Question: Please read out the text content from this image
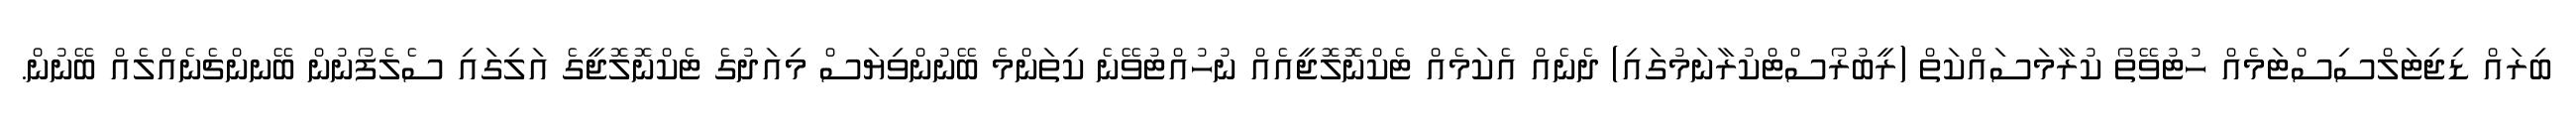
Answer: ބިރައް ޑިޖިޓަލްސިސްޓަމެއް ހުޓުވޭތޯ ކުރާމަސައްކަތް (ރީބުރޯސްޓްކުރާނަމުގައި) ދެނެއް އެކަމެއް ޓެކްނޮލޮޖީއެއް ނުހުއްޓުވޭނެ ކިތަންމެ ބޭނުންވިޔަސް މިއަދުގެ ޓެކްނޮލޮޖީގެ އަލިގައި ސެލެފޯނުން ބޭނންޗެނެއްލެއް ބޭނުން.